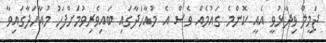
ޖަމީލް ވިދާޅުވީ އެއީ ކޮންމެ ގައުމެއް ވެސް އެ މުއާހަދާގައި ބައިވެރިވުމަށްފަހު މުއާހަދާގައިވާ